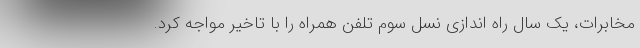
مخابرات، یک سال راه اندازی نسل سوم تلفن همراه را با تاخیر مواجه کرد.